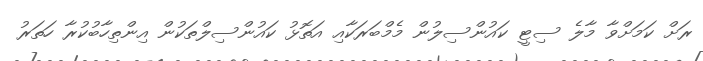
ރަށް ކަމަށްވާ މާލެ ސިޓީ ކައުންސިލުން މެމްބަރަކާއި އަތޮޅު ކައުންސިލްތަކުން އިންތިހާބުކުރާ ހަތަރު